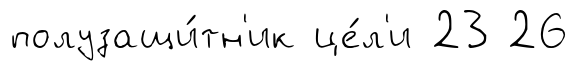
полузащи́тн'ик це́л'и 23 26